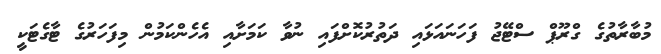
މުބާރާތުގެ ގްރޫޕް ސްޓޭޖު ފަހަނައަޅައި ދަތުރުކޮށްފައި ނުވާ ކަމަށާއި އެހެންކަމުން މިފަހަރުގެ ޓާގެޓަކީ